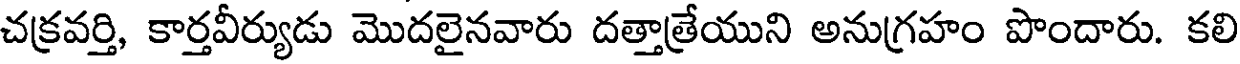
చక్రవర్తి, కార్తవీర్యుడు మొదలైనవారు దత్తాత్రేయుని అనుగ్రహం పొందారు. కలి